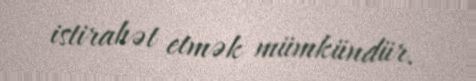
istirahət etmək mümkündür.